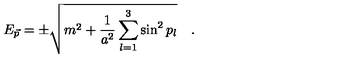
E _ { \vec { p } } = \pm \sqrt { m ^ { 2 } + \frac { 1 } { a ^ { 2 } } \sum _ { l = 1 } ^ { 3 } \sin ^ { 2 } p _ { l } } \quad .